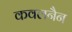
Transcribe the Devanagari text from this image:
कवलनैन